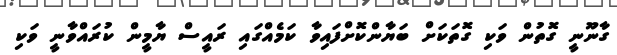
ގާނޫނީ ގޮތުން ވަކި ގޮތަކަށް ބަޔާންކޮށްފައިވާ ކަމެއްގައި ރައީސް ޔާމީން ކުރައްވާނީ ވަކި